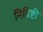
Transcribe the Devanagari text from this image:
निविष्टी